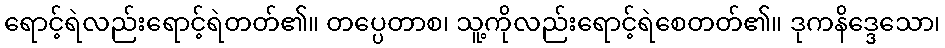
ရောင့်ရဲလည်းရောင့်ရဲတတ်၏။ တပ္ပေတာစ၊ သူ့ကိုလည်းရောင့်ရဲစေတတ်၏။ ဒုကနိဒ္ဒေသော၊